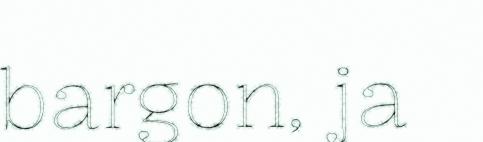
bargon, ja